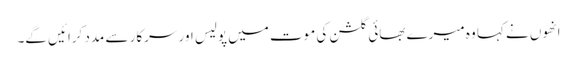
انھوں نے کہا وہ میرے بھائی گلشن کی موت میں پولیس اور سرکار سے مدد کرائیں گے۔